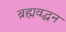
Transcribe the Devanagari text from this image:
ब्रह्मवद्धन